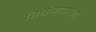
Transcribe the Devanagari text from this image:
निर्धनावस्था